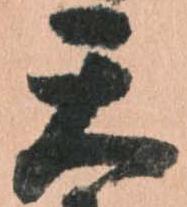
天